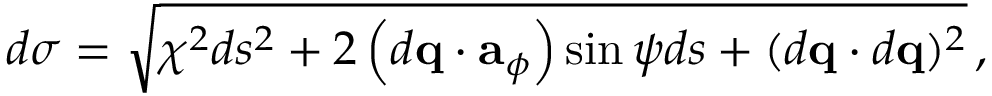
d \sigma = \sqrt { \chi ^ { 2 } d s ^ { 2 } + 2 \left( d { \bf q } \cdot { \bf a } _ { \phi } \right) \sin \psi d s + ( d { \bf q } \cdot d { \bf q } ) ^ { 2 } } \, ,